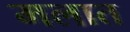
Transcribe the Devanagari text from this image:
मलात